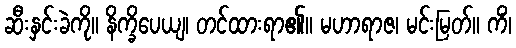
ဆီးနှင်းခဲကို။ နိက္ခိပေယျ၊ တင်ထားရာ၏။ မဟာရာဇ၊ မင်းမြတ်။ ကိံ၊